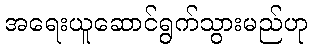
အရေးယူဆောင်ရွက်သွားမည်ဟု